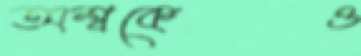
অশ্বকেও